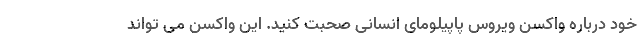
خود درباره واکسن ویروس پاپیلومای انسانی صحبت کنید. این واکسن می تواند